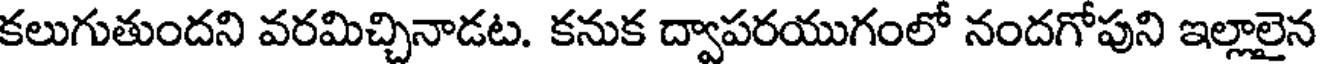
కలుగుతుందని వరమిచ్చినాడట. కనుక ద్వాపరయుగంలో నందగోపుని ఇల్లాలైన